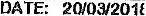
DATE: 20/03/2018